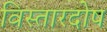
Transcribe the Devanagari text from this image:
विस्तारदोष